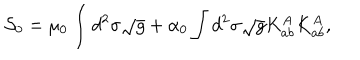
{ \cal S } _ { 0 } = \mu _ { 0 } \int d ^ { 2 } \sigma \sqrt { g } + \alpha _ { 0 } \int d ^ { 2 } \sigma \sqrt { g } K _ { a b } ^ { A } K _ { a b } ^ { A } ,